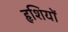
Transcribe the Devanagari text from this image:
हृशियों